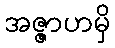
အဇ္ဇာဟမှိ